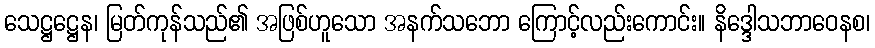
သေဋ္ဌဋ္ဌေန၊ မြတ်ကုန်သည်၏ အဖြစ်ဟူသော အနက်သဘော ကြောင့်လည်းကောင်း။ နိဒ္ဒေါသဘာဝေနစ၊